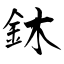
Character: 鈢